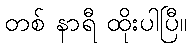
တစ် နာရီ ထိုးပါပြီ။